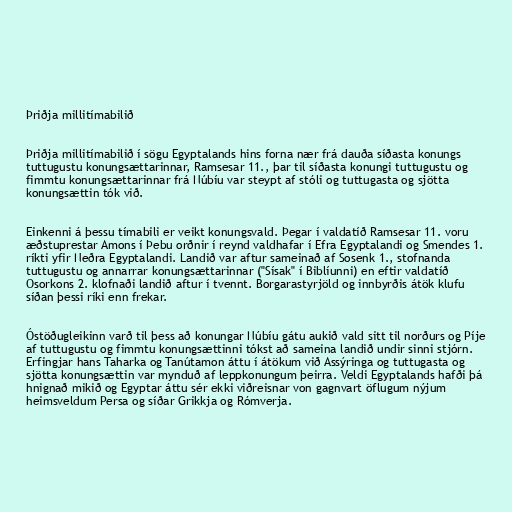
Þriðja millitímabilið

Þriðja millitímabilið í sögu Egyptalands hins forna nær frá dauða síðasta konungs
tuttugustu konungsættarinnar, Ramsesar 11., þar til síðasta konungi tuttugustu og
fimmtu konungsættarinnar frá Núbíu var steypt af stóli og tuttugasta og sjötta
konungsættin tók við.

Einkenni á þessu tímabili er veikt konungsvald. Þegar í valdatíð Ramsesar 11. voru
æðstuprestar Amons í Þebu orðnir í reynd valdhafar í Efra Egyptalandi og Smendes 1.
ríkti yfir Neðra Egyptalandi. Landið var aftur sameinað af Sosenk 1., stofnanda
tuttugustu og annarrar konungsættarinnar ("Sísak" í Biblíunni) en eftir valdatíð
Osorkons 2. klofnaði landið aftur í tvennt. Borgarastyrjöld og innbyrðis átök klufu
síðan þessi ríki enn frekar.

Óstöðugleikinn varð til þess að konungar Núbíu gátu aukið vald sitt til norðurs og Píje
af tuttugustu og fimmtu konungsættinni tókst að sameina landið undir sinni stjórn.
Erfingjar hans Taharka og Tanútamon áttu í átökum við Assýringa og tuttugasta og
sjötta konungsættin var mynduð af leppkonungum þeirra. Veldi Egyptalands hafði þá
hnignað mikið og Egyptar áttu sér ekki viðreisnar von gagnvart öflugum nýjum
heimsveldum Persa og síðar Grikkja og Rómverja.